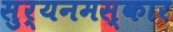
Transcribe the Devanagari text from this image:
सुर्यनमस्कार